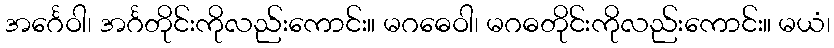
အင်္ဂေဝါ၊ အင်္ဂတိုင်းကိုလည်းကောင်း။ မဂဓေဝါ၊ မဂဓတိုင်းကိုလည်းကောင်း။ မယံ၊